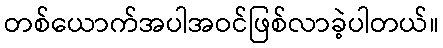
တစ်ယောက်အပါအဝင်ဖြစ်လာခဲ့ပါတယ်။